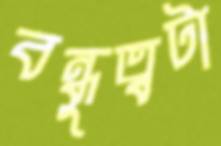
বন্ধুত্বটা